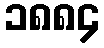
၁၈၈၄